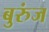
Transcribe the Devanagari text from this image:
बुरुंज